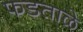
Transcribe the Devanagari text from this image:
फडताळे